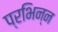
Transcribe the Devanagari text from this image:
प्रभिन्न